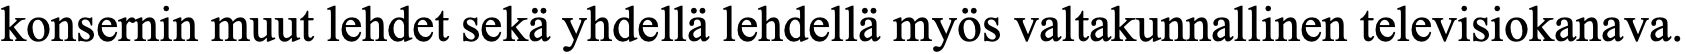
konsernin muut lehdet sekä yhdellä lehdellä myös valtakunnallinen televisiokanava.